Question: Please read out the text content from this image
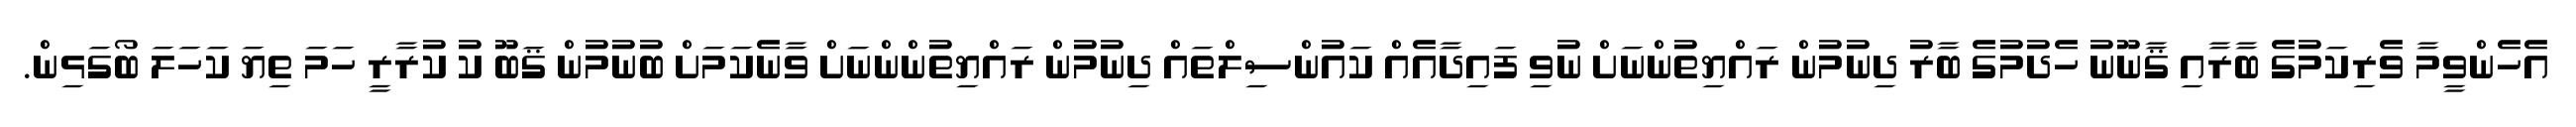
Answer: އެހެންވީމާ ވެރިކަމުގެ ބާރާއި ޤާނޫނު ހެދުމުގެ ބާރު ދިނުމުން ރައްޔިތުންނަށް ނުވި ފައިދާއެއް ކައުންސިލްތައް ދިނުމުން ރައްޔިތުންންނަށް ވާނެކަމަށް ބުނުމުން ޤަބޫ ކު ކުރާރީ ހަމަ ތިޔަ ކަހަލަ ބޯގަޅިން.